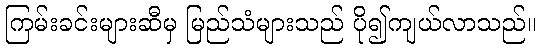
ကြမ်းခင်းများဆီမှ မြည်သံများသည် ပို၍ကျယ်လာသည်။